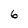
Character: 6